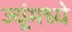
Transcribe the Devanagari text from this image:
ज्यूंमध्ये